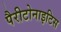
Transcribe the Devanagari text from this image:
पैरीटोनाइटिस